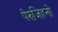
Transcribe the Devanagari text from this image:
पेरुजिहनो